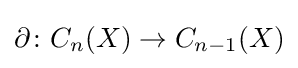
\partial \colon C_{n}(X)\to C_{n-1}(X)